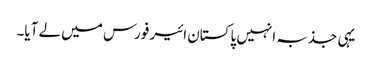
یہی جذبہ انہیں پاکستان ائیر فورس میں لے آیا۔